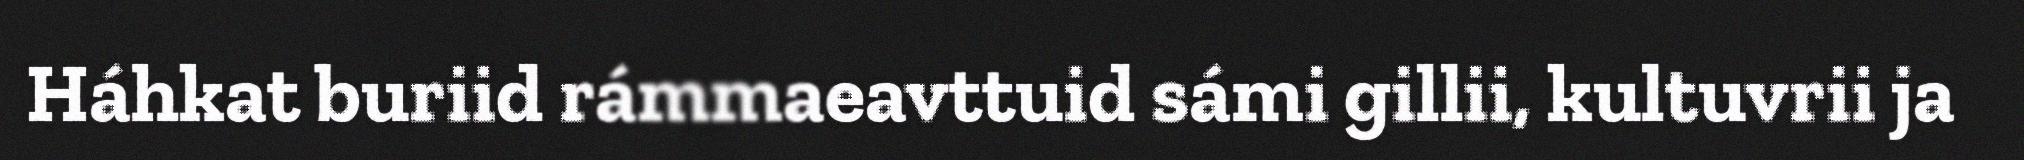
Háhkat buriid rámmaeavttuid sámi gillii, kultuvrii ja